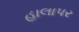
હાલાપર